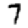
Digit: 7